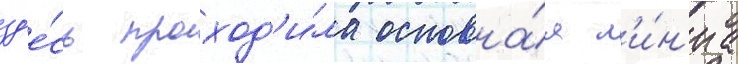
зд'е́сь проход'и́ла основна́я л'и́н'иа